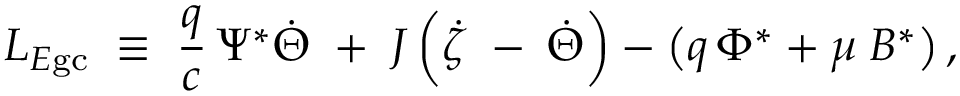
L _ { E \mathrm { g c } } \; \equiv \; \frac { q } { c } \, \Psi ^ { * } \dot { \Theta } \; + \; J \left( \dot { \zeta } \; - \frac { } { } \dot { \Theta } \right) - \left( q \, \Phi ^ { * } + \mu \; B ^ { * } \right) ,